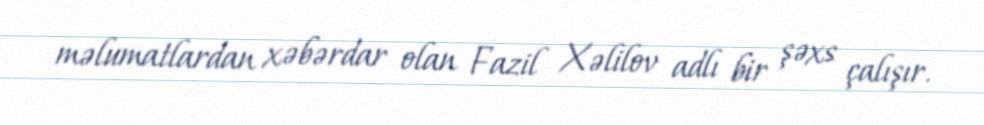
məlumatlardan xəbərdar olan Fazil Xəlilov adlı bir şəxs çalışır.